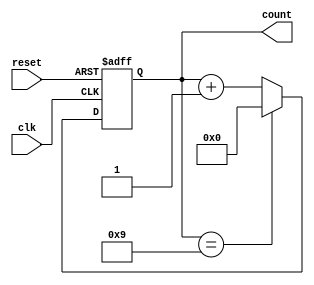
module BCD_Asynchronous_Counter (
    input wire clk,          // Clock input
    input wire reset,        // Asynchronous reset input
    output reg [3:0] count   // 4-bit output for BCD value
);

// Asynchronous reset and counting logic
always @(posedge clk or posedge reset) begin
    if (reset) begin
        count <= 4'b0000; // Reset the counter to 0
    end else begin
        if (count == 4'b1001) begin
            count <= 4'b0000; // Reset to 0 when reaching 10
        end else begin
            count <= count + 1; // Increment the counter
        end
    end
end

endmodule